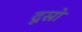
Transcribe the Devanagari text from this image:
दूस्रो